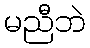
မညီဘဲ